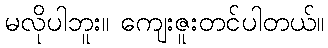
မလိုပါဘူး။ ကျေးဇူးတင်ပါတယ်။